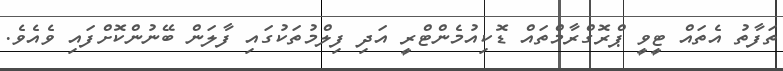
ތަފާތު އެތައް ޓީވީ ޕްރޮގްރާމްތައް ޑޮކިއުމެންޓްރީ އަދި ފިލްމުތަކުގައި ފާލަން ބޭނުންކޮށްފައި ވެއެވެ.